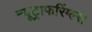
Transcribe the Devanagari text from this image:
न्यूट्राफरिंग्ल्स